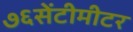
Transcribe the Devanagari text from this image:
७६सेंटीमीटर